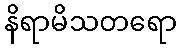
နိရာမိသတရော